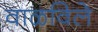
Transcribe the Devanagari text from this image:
वाळविले